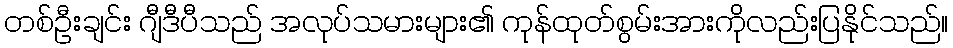
တစ်ဦးချင်း ဂျီဒီပီသည် အလုပ်သမားများ၏ ကုန်ထုတ်စွမ်းအားကိုလည်းပြနိုင်သည်။